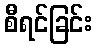
စီရင်ခြင်း